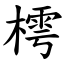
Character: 樗